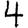
Digit: 4